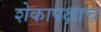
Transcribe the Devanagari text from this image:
शेकापक्षाच